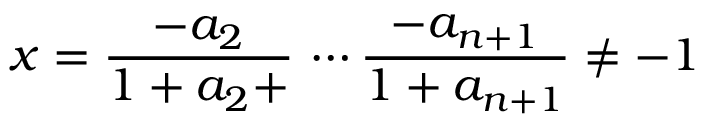
x = { \frac { - a _ { 2 } } { 1 + a _ { 2 } + } } \, \cdots { \frac { - a _ { n + 1 } } { 1 + a _ { n + 1 } } } \neq - 1